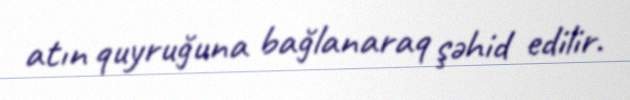
atın quyruğuna bağlanaraq şəhid edilir.